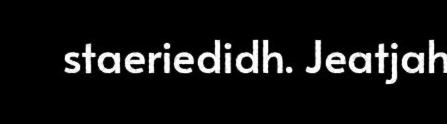
staeriedidh. Jeatjah